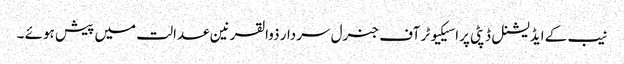
نیب کے ایڈیشنل ڈپٹی پراسیکیوٹر آف جنرل سردار ذوالقرنین عدالت میں پیش ہوئے ۔